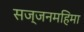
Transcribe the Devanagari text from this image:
सज्जनमहिमा